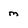
Character: m